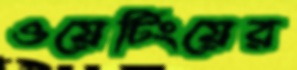
ওয়েটিংয়ের